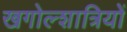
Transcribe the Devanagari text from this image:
खगोल्शात्रियों